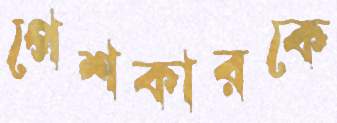
পেশকারকে